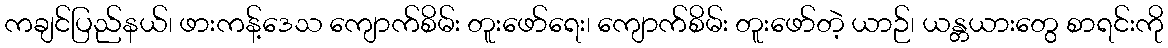
ကချင်ပြည်နယ်၊ ဖားကန့်ဒေသ ကျောက်စိမ်း တူးဖော်ရေး၊ ကျောက်စိမ်း တူးဖော်တဲ့ ယာဉ်၊ ယန္တယားတွေ စာရင်းကို